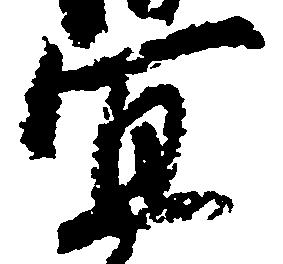
宜